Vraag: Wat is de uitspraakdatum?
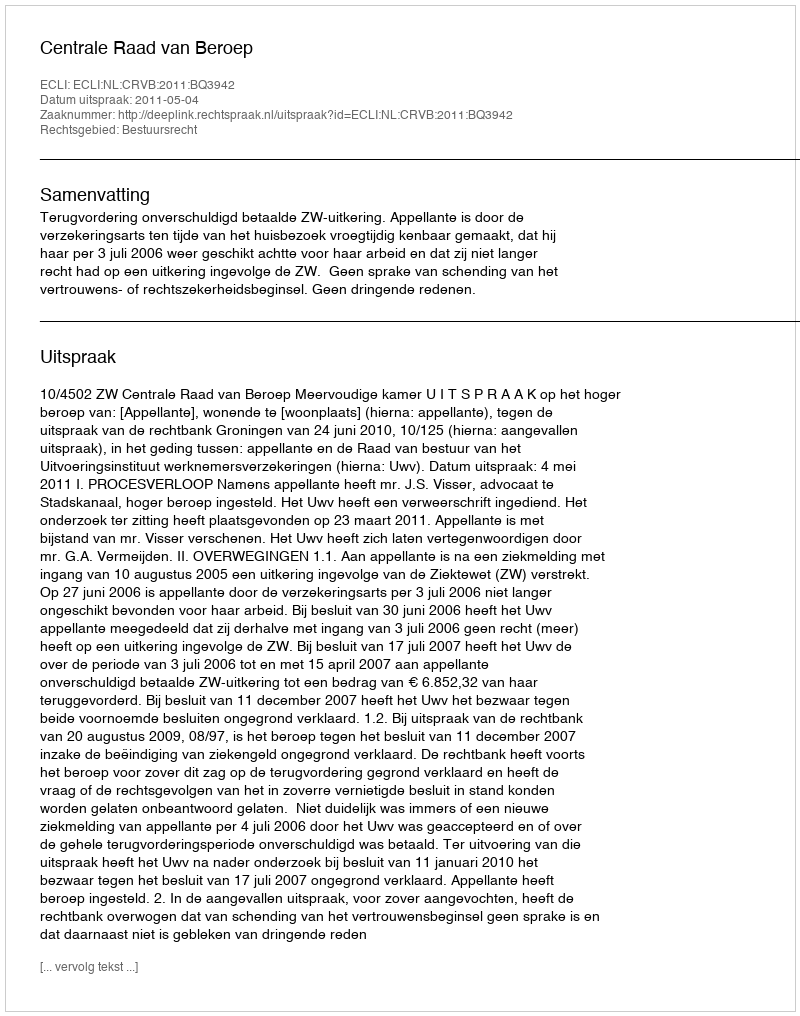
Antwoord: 2011-05-04